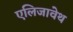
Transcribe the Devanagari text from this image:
एलिजावेथ